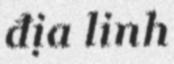
địa linh